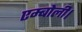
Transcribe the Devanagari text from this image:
एम्बोली।